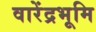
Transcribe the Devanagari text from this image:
वारेंद्रभूमि